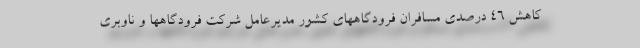
کاهش ۴۶ درصدی مسافران فرودگاههای کشور مدیرعامل شرکت فرودگاهها و ناوبری